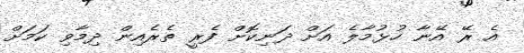
އެ ރޭ އޭނާ ހުޅުމާލެ އަށް ދަނިކޮށް ފެރީ ތެރެއިން ދިމާވި ކަމަށް